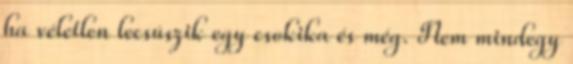
ha véletlen lecsúszik egy csokika és még. Nem mindegy